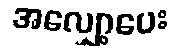
အလျှော့ပေး